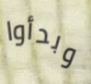
وبدأوا